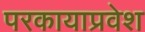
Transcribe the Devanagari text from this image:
परकायाप्रवेश